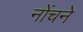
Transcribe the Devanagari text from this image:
नोंचने